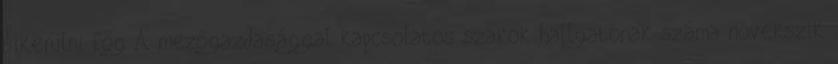
sikerülni fog A mezőgazdasággal kapcsolatos szakok hallgatónak száma növekszik